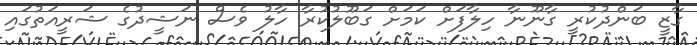
ގާޒީ ބަންދުކުރީ ގާނޫނާ ހިލާފަށް ކަމަށް ގަބޫލުކުރާ ހާލު ވެސް ނަޝީދުގެ ޝަރީއަތުގައި